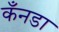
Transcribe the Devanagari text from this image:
कँनडा